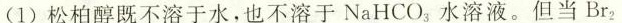
（1）松柏醇既不溶于水，也不溶于NaHCO_{3}水溶液。但当Br_{2}